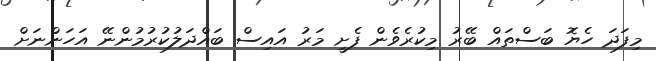
މިފަދަ ހެޔޮ ބަސްތައް ބޭރު މިކުރެވެން ފެށީ މަރު އައިސް ބައްދަލުކުރުމުންނޭ އަހަންނަށް